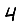
Digit: 4